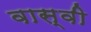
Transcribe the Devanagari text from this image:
वास्वी